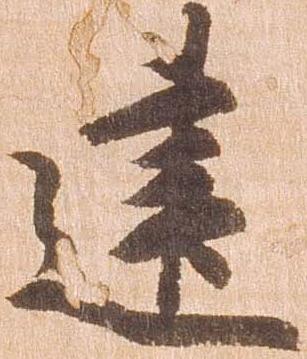
建